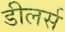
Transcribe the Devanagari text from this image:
डीलर्स